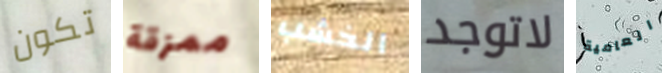
تكون ممزقة الخشب لاتوجد العامية